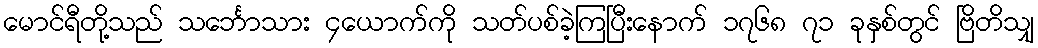
မောင်ရီတို့သည် သင်္ဘောသား ၄ယောက်ကို သတ်ပစ်ခဲ့ကြပြီးနောက် ၁၇၆၈ ၇၁ ခုနှစ်တွင် ဗြိတိသျှ